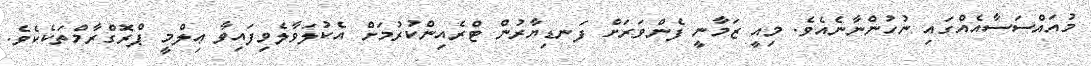
މުއައްސަސާއެއްގައި ނުހުންނާނެއެވެ. މިއީ ޒަމާނީ ފެންވަރަށް ފަނޑިޔާރުން ޓްރެއިންކުރުމަށް އެކުލަވާލެވިފައިވާ ޢިލްމީ ޕްރޮގްރާމްތަކެކެވެ.